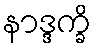
နာဒ္ဒက္ခိ